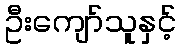
ဦးကျော်သူနှင့်